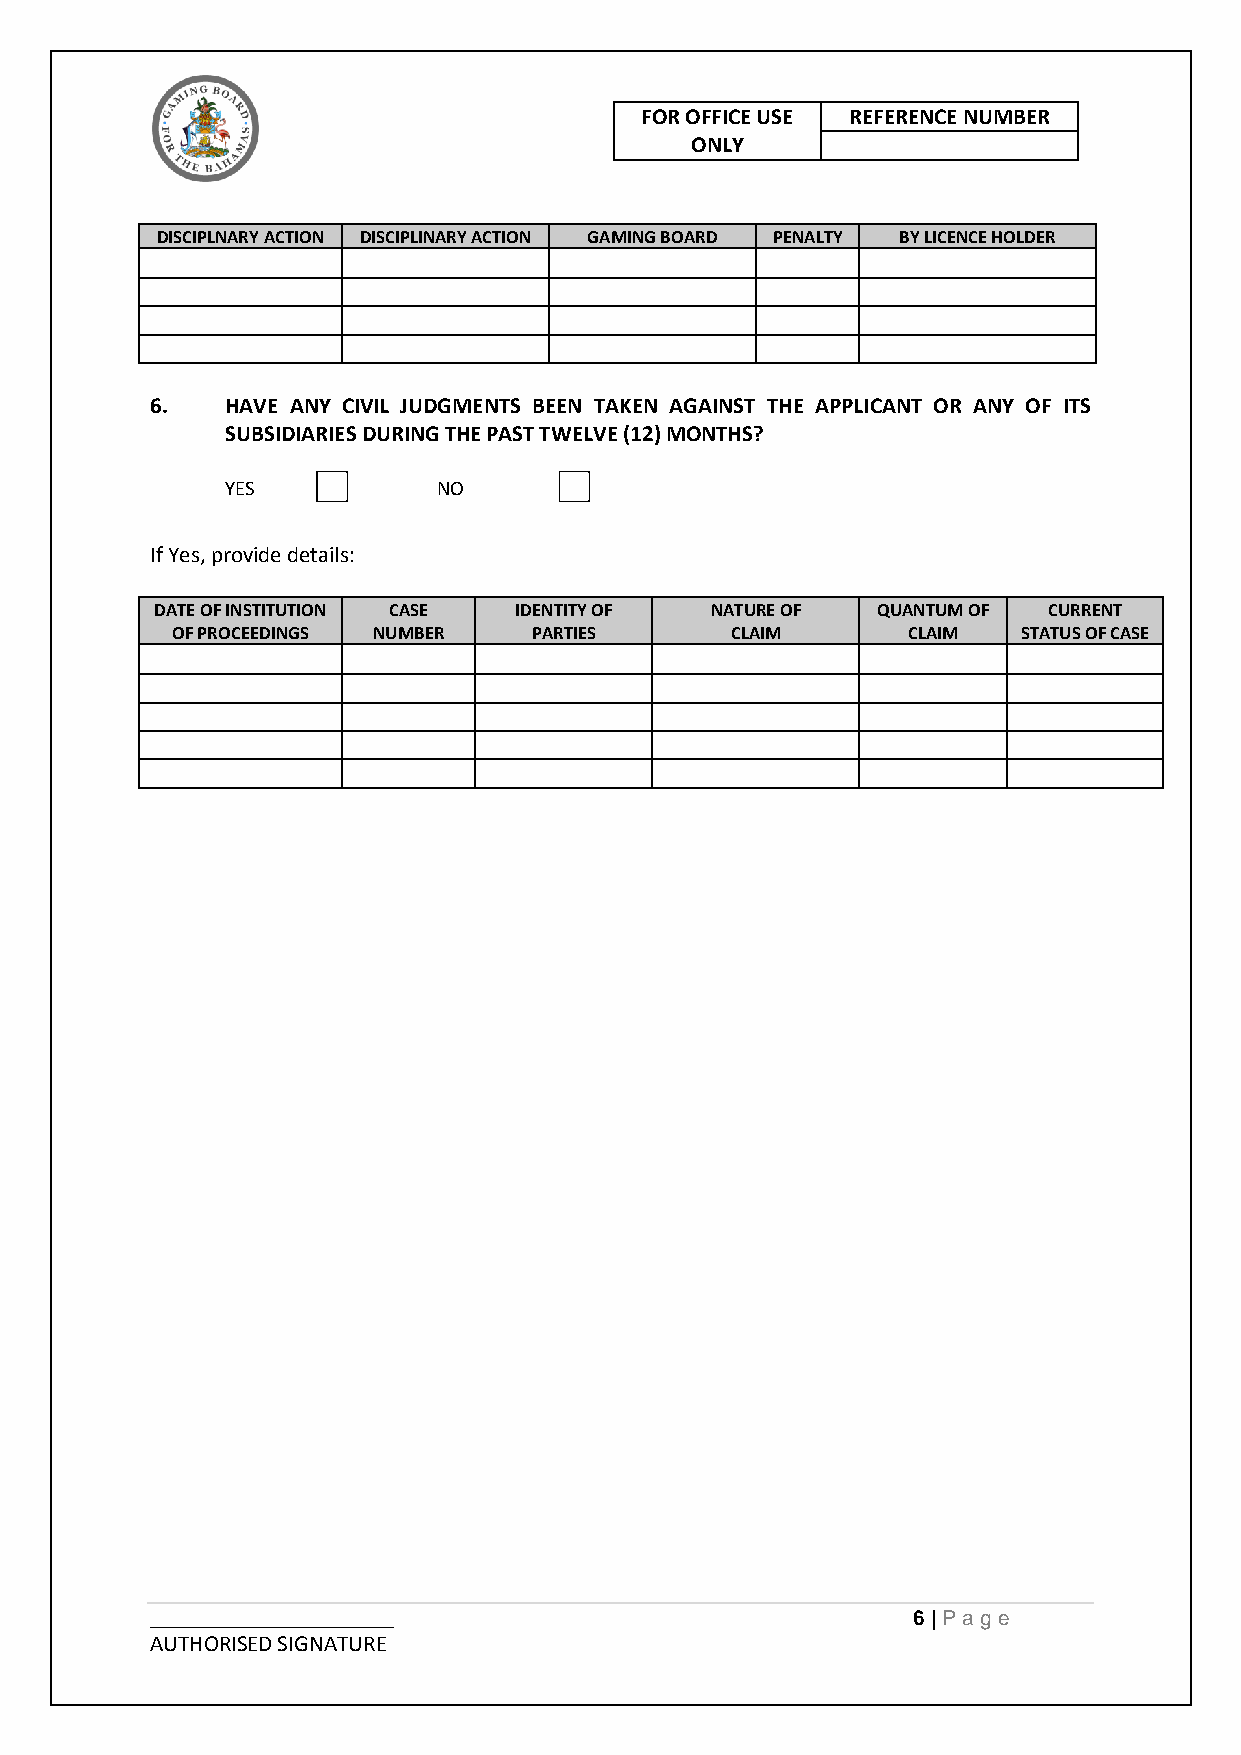
FOR OFFICE USE REFERENCE NUMBER
 ONLY
 DISCIPLNARY ACTION DISCIPLINARY ACTION GAMING BOARD PENALTY BY LICENCE HOLDER
 6.   HAVE ANY CIVIL JUDGMENTS BEEN TAKEN AGAINST THE APPLICANT OR ANY OF ITS
 SUBSIDIARIES DURING THE PAST TWELVE (12) MONTHS?
 YES   O       NO
 If Yes, provide details:
 DATE OF INSTITUTION CASE IDENTITY OF NATURE OF  QUANTUM OF CURRENT
 OF PROCEEDINGS NUMBER   PARTIES      CLAIM       CLAIM   STATUS OF CASE
 _____________________                             6 | Pag e
 AUTHORISED SIGNATURE